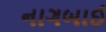
નાગબાઈ